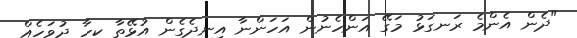
"ދެން އެންމެ ރަނގަޅު މަގޭ އަންހެނުން އަހަންނާ އިނދެގެން އުޅޭތާ ކިހާ ދުވަހެއް